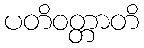
ပတိဝတ္တာတိ